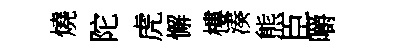
燒陀虎懈樓湊熊臣嚼